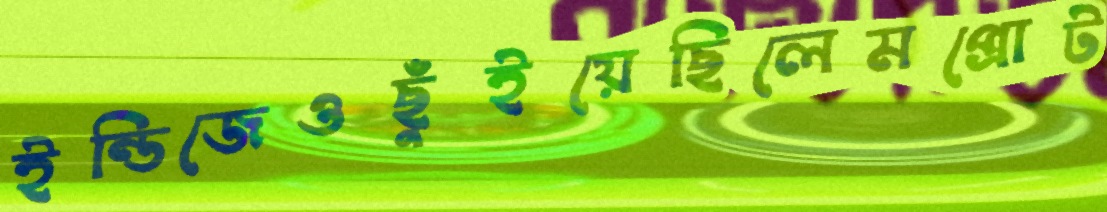
ইন্ডিজেওছুঁইয়েছিলেমপ্রোট